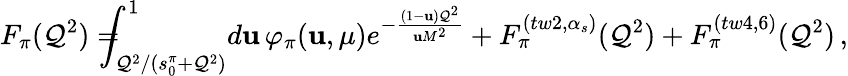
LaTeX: F_{\pi}(\mathcal{Q}^{2})=\! \! \! \! \! \! \int_{\mathcal{Q}^{2}/(s_{0}^{\pi}+\mathcal{Q}^{2})}^{1}\! d\mathbf{u}\, \varphi_{\pi}(\mathbf{u},\mu)e^{-\frac{{(1-\mathbf{u})\mathcal{Q}^{2}}}{{\mathbf{u}M^{2}}}}+F_{\pi}^{(tw2,\alpha_{s})}(\mathcal{Q}^{2})+F_{\pi}^{(tw4,6)}(\mathcal{Q}^{2})\, ,